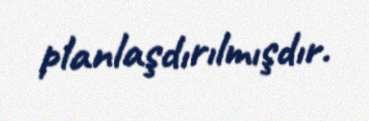
planlaşdırılmışdır.